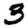
Digit: 3